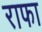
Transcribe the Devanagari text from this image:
राफा